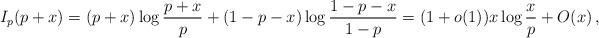
LaTeX: \begin{align*} I_p(p+x) = (p+x) \log \frac{p+x}{p} + (1-p-x) \log\frac{1-p-x}{1-p} = (1 + o(1)) x \log \frac{x}{p} + O(x)\,,\end{align*}